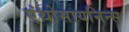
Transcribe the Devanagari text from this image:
एंथोसायनिन्स